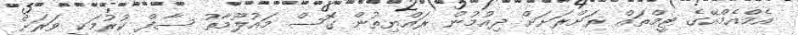
އެމްއެމްއޭގެ ޓީމްތައް ރަށްރަށަށް ދިއުމުން ރައްޔިތުން ގޮސް މައުލޫމާތު ސާފް ކުރުމަކީ ވަރަށް